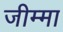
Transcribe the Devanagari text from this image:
जीम्मा